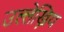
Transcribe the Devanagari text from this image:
उल्लेख्निय